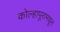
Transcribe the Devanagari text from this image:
कोल्हापूरामधून